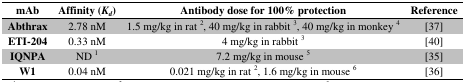
<table><thead><tr><td><b>mAb</b></td><td><b>Affinity (<i>K<sub>d</sub></i>)</b></td><td><b>Antibody dose for 100% protection</b></td><td><b>Reference</b></td></tr></thead><tbody><tr><td><b>Abthrax</b></td><td>2.78 nM</td><td>1.5 mg/kg in rat <sup>2</sup>, 40 mg/kg in rabbit <sup>3</sup>, 40 mg/kg in monkey <sup>4</sup></td><td>[37]</td></tr><tr><td><b>ETI-204</b></td><td>0.33 nM</td><td>4 mg/kg in rabbit <sup>3</sup></td><td>[40]</td></tr><tr><td><b>IQNPA</b></td><td>ND <sup>1</sup></td><td>7.2 mg/kg in mouse <sup>5</sup></td><td>[35]</td></tr><tr><td><b>W1</b></td><td>0.04 nM</td><td>0.021 mg/kg in rat <sup>2</sup>, 1.6 mg/kg in mouse <sup>6</sup></td><td>[36]</td></tr></tbody></table>